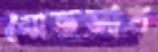
মোভসার